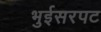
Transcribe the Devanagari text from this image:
भुईसरपट